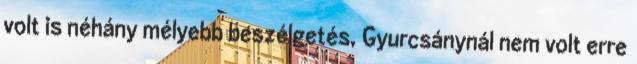
volt is néhány mélyebb beszélgetés, Gyurcsánynál nem volt erre